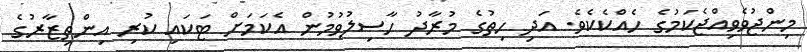
މިންޖުވެވިއްޖެކަމުގެ ހެއްކެކެވެ. އަދި ހިތުގެ މުރާދު ހާސިލުވުމުން އެކަމަށް ޓަކައި ކުރި އިންތިޒާރުގެ